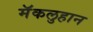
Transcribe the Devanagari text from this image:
मॅकलुहान